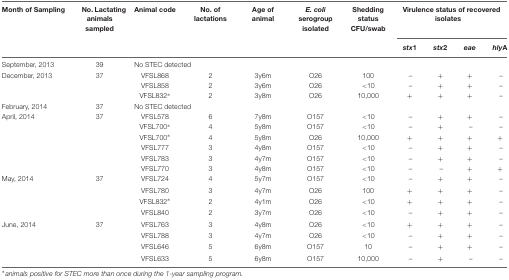
<table><thead><tr><td><b>Month of Sampling</b></td><td><b>No. Lactating animals sampled</b></td><td><b>Animal code</b></td><td><b>No. of lactations</b></td><td><b>Age of animal</b></td><td><b><i>E. coli</i> serogroup isolated</b></td><td><b>Shedding status CFU/swab</b></td><td colspan="4"><b>Virulence status of recovered isolates</b></td></tr><tr><td></td><td></td><td></td><td></td><td></td><td></td><td></td><td><b><i>stx</i>1</b></td><td><b><i>stx</i>2</b></td><td><b><i>eae</i></b></td><td><b><i>hly</i>A</b></td></tr></thead><tbody><tr><td>September, 2013</td><td>39</td><td>No STEC detected</td><td></td><td></td><td></td><td></td><td></td><td></td><td></td></tr><tr><td>December, 2013</td><td>37</td><td>VFSL868</td><td>2</td><td>3y6m</td><td>O26</td><td>100</td><td>–</td><td>+</td><td>+</td><td>–</td></tr><tr><td></td><td></td><td>VFSL858</td><td>2</td><td>3y6m</td><td>O26</td><td>&lt;10</td><td>–</td><td>+</td><td>+</td><td>–</td></tr><tr><td></td><td></td><td>VFSL832<sup>∗</sup></td><td>2</td><td>3y8m</td><td>O26</td><td>10,000</td><td>+</td><td>+</td><td>+</td><td>–</td></tr><tr><td>February, 2014</td><td>37</td><td>No STEC detected</td><td></td><td></td><td></td><td></td><td></td><td></td><td></td></tr><tr><td>April, 2014</td><td>37</td><td>VFSL578</td><td>6</td><td>7y8m</td><td>O157</td><td>&lt;10</td><td>–</td><td>+</td><td>+</td><td>–</td></tr><tr><td></td><td></td><td>VFSL700<sup>∗</sup></td><td>4</td><td>5y8m</td><td>O157</td><td>&lt;10</td><td>–</td><td>+</td><td>–</td><td>–</td></tr><tr><td></td><td></td><td>VFSL700<sup>∗</sup></td><td>4</td><td>5y8m</td><td>O26</td><td>10,000</td><td>+</td><td>+</td><td>+</td><td>+</td></tr><tr><td></td><td></td><td>VFSL777</td><td>3</td><td>4y8m</td><td>O157</td><td>&lt;10</td><td>–</td><td>+</td><td>+</td><td>–</td></tr><tr><td></td><td></td><td>VFSL783</td><td>3</td><td>4y7m</td><td>O157</td><td>&lt;10</td><td>–</td><td>+</td><td>+</td><td>–</td></tr><tr><td></td><td></td><td>VFSL770</td><td>3</td><td>4y8m</td><td>O157</td><td>&lt;10</td><td>–</td><td>–</td><td>+</td><td>+</td></tr><tr><td>May, 2014</td><td>37</td><td>VFSL724</td><td>4</td><td>5y7m</td><td>O157</td><td>&lt;10</td><td>–</td><td>+</td><td>+</td><td>–</td></tr><tr><td></td><td></td><td>VFSL780</td><td>3</td><td>4y7m</td><td>O26</td><td>100</td><td>+</td><td>+</td><td>+</td><td>–</td></tr><tr><td></td><td></td><td>VFSL832<sup>∗</sup></td><td>2</td><td>4y1m</td><td>O26</td><td>&lt;10</td><td>+</td><td>+</td><td>+</td><td>–</td></tr><tr><td></td><td></td><td>VFSL840</td><td>2</td><td>3y7m</td><td>O26</td><td>&lt;10</td><td>–</td><td>+</td><td>+</td><td>–</td></tr><tr><td>June, 2014</td><td>37</td><td>VFSL763</td><td>3</td><td>4y8m</td><td>O26</td><td>&lt;10</td><td>+</td><td>+</td><td>+</td><td>–</td></tr><tr><td></td><td></td><td>VFSL788</td><td>3</td><td>4y7m</td><td>O26</td><td>&lt;10</td><td>–</td><td>+</td><td>+</td><td>–</td></tr><tr><td></td><td></td><td>VFSL646</td><td>5</td><td>6y8m</td><td>O157</td><td>10</td><td>–</td><td>+</td><td>+</td><td>–</td></tr><tr><td></td><td></td><td>VFSL633</td><td>5</td><td>6y8m</td><td>O157</td><td>10,000</td><td>–</td><td>+</td><td>–</td><td>–</td></tr></tbody></table>